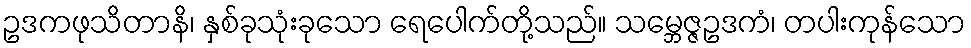
ဥဒကဖုသိတာနိ၊ နှစ်ခုသုံးခုသော ရေပေါက်တို့သည်။ သမ္ဘေဇ္ဇဥဒကံ၊ တပါးကုန်သော